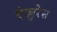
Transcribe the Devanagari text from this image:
एंड्युरेस